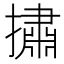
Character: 㩋